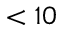
< 1 0